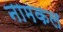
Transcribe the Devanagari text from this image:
नामकल